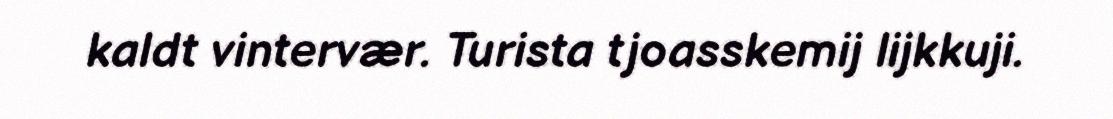
kaldt vintervær. Turista tjoasskemij lijkkuji.